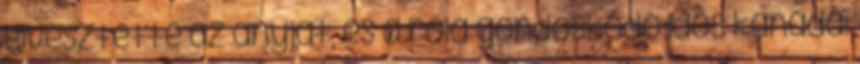
elvesztette az anyját, és a róla gondoskodó idős kanadai